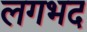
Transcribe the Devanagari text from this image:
लगभद